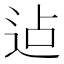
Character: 迠